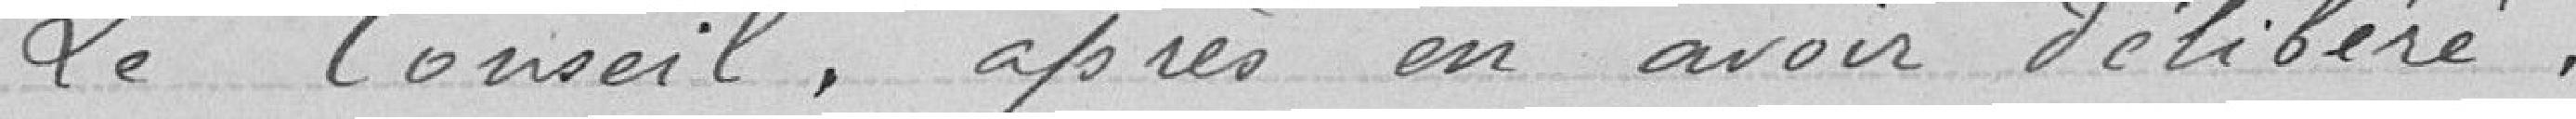
Le Conseil, après e avoir délibéré,